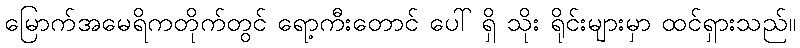
မြောက်အမေရိကတိုက်တွင် ရော့ကီးတောင် ပေါ် ရှိ သိုး ရိုင်းများမှာ ထင်ရှားသည်။